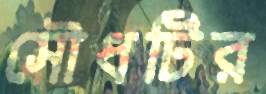
সৌধটির